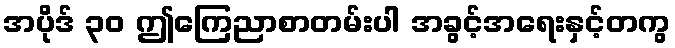
အပိုဒ် ၃၀ ဤကြေညာစာတမ်းပါ အခွင့်အရေးနှင့်တကွ